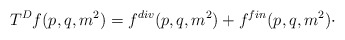
\begin{align*}T^{D}f(p,q,m^{2})=f^{div}(p,q,m^{2})+f^{fin}(p,q,m^{2})\cdot \end{align*}